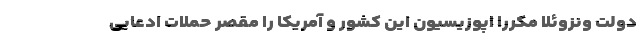
دولت ونزوئلا مکرراً اپوزیسیون این کشور و آمریکا را مقصر حملات ادعایی